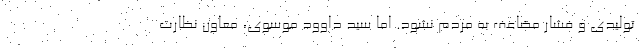
تولیدی و فشار مضاعف به مردم نشود. اما سید داوود موسوی، معاون نظارت